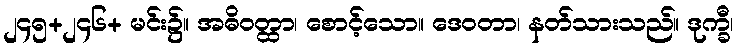
၂၄၅+၂၄၆+ မင်း၌။ အဓိဝတ္ထာ၊ စောင့်သော။ ဒေဝတာ၊ နတ်သားသည်။ ဒုက္ခီ၊